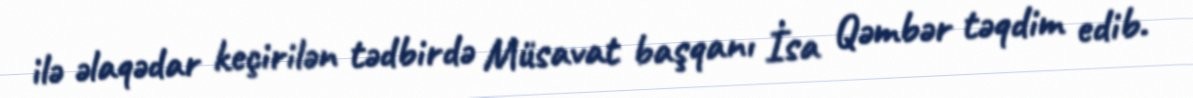
ilə əlaqədar keçirilən tədbirdə Müsavat başqanı İsa Qəmbər təqdim edib.